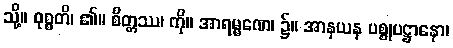
သို့။ ဝုစ္စတိ၊ ၏။ စိတ္တဿ၊ ကို။ အာရမ္မဏေ၊ ၌။ အာနယန ပစ္စုပဋ္ဌာနော၊